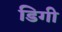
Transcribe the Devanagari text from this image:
डिगी